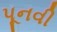
પૂનવી